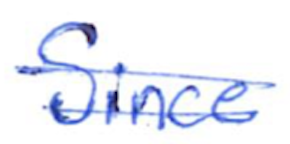
Text: Since
Cross-out: double-line
Writing tool: ballpoint